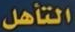
التأهل